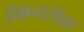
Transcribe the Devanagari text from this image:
हॅकनसॅक